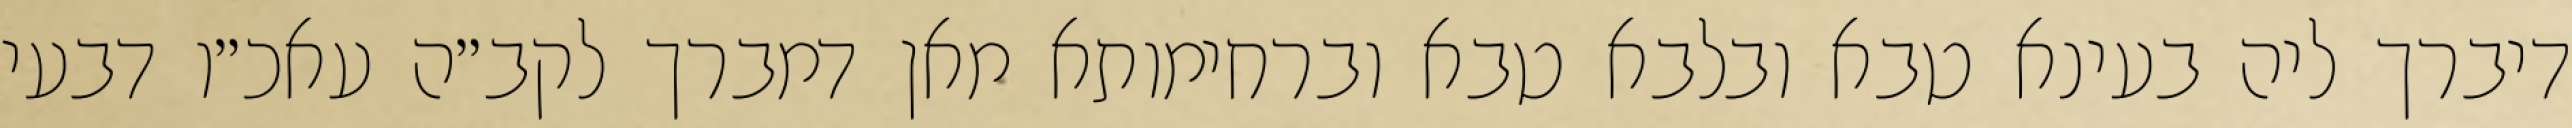
דיברך ליה בעינא טבא ובלבא טבא וברחימותא מאן דמברך לקב״ה עאכ״ו דבעי